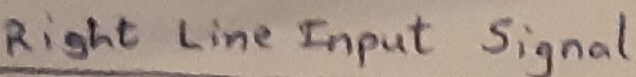
Text: Right lineInput signal